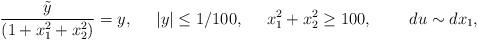
LaTeX: \begin{align*}\frac{\tilde y}{(1+x_1^2 + x_2^2)}=y,\;\;\;\;\; |y|\leq 1/100,\;\;\;\;\;x_1^2 + x_2^2 \geq 100,\;\;\;\; \; \;\;\;du \sim dx_1, \end{align*}